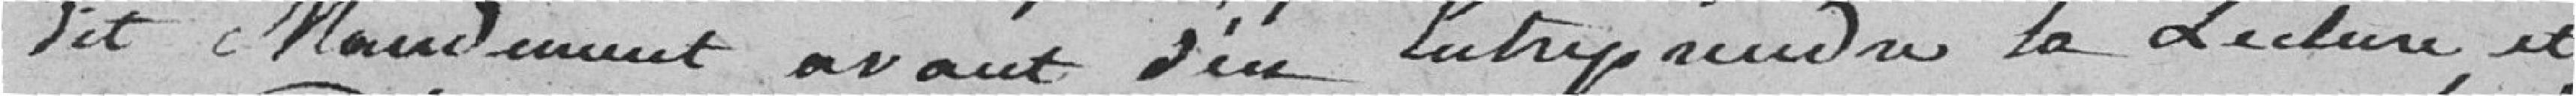
dit mandement avant d'en entreprendre la lecture et